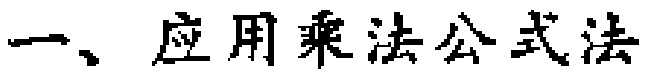
一、应用乘法公式法